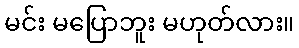
မင်း မပြောဘူး မဟုတ်လား။